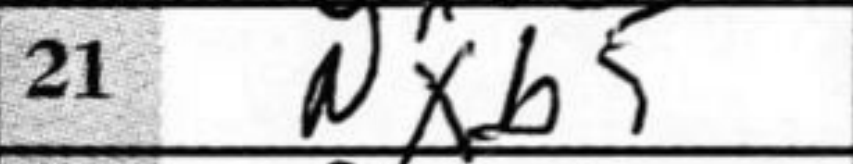
Transcription: Nxb5